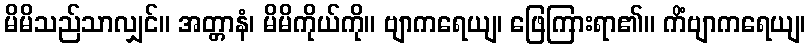
မိမိသည်သာလျှင်။ အတ္တာနံ၊ မိမိကိုယ်ကို။ ဗျာကရေယျ၊ ဖြေကြားရာ၏။ ကိံဗျာကရေယျ၊